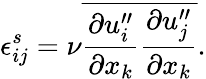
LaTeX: \epsilon_{ij}^{s}=\nu\overline{{{\frac{\partial u_{i}^{\prime\prime}}{\partial x_{k}}\frac{\partial u_{j}^{\prime\prime}}{\partial x_{k}}}}}.